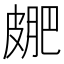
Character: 𭽮